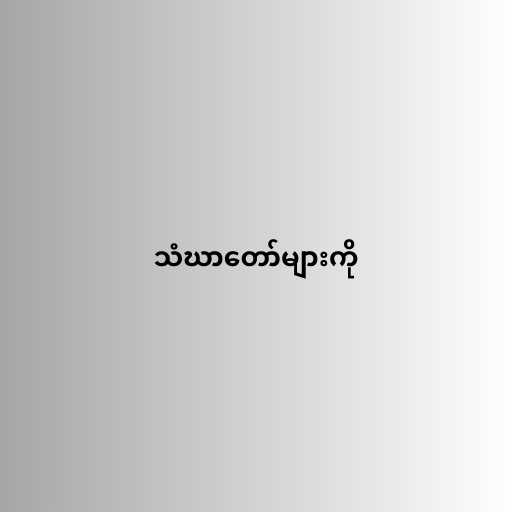
သံဃာတော်များကို